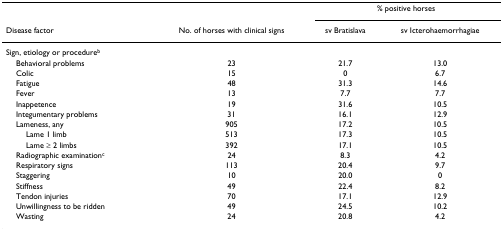
<table><thead><tr><td></td><td></td><td colspan="2"><b>% positive horses</b></td></tr><tr><td><b>Disease factor</b></td><td><b>No. of horses with clinical signs</b></td><td><b>sv Bratislava</b></td><td><b>sv Icterohaemorrhagiae</b></td></tr></thead><tbody><tr><td>Sign, etiology or procedure<sup>b</sup></td><td></td><td></td><td></td></tr><tr><td> Behavioral problems</td><td>23</td><td>21.7</td><td>13.0</td></tr><tr><td> Colic</td><td>15</td><td>0</td><td>6.7</td></tr><tr><td> Fatigue</td><td>48</td><td>31.3</td><td>14.6</td></tr><tr><td> Fever</td><td>13</td><td>7.7</td><td>7.7</td></tr><tr><td> Inappetence</td><td>19</td><td>31.6</td><td>10.5</td></tr><tr><td> Integumentary problems</td><td>31</td><td>16.1</td><td>12.9</td></tr><tr><td> Lameness, any</td><td>905</td><td>17.2</td><td>10.5</td></tr><tr><td>Lame 1 limb</td><td>513</td><td>17.3</td><td>10.5</td></tr><tr><td>Lame ≥ 2 limbs</td><td>392</td><td>17.1</td><td>10.5</td></tr><tr><td> Radiographic examination<sup>c</sup></td><td>24</td><td>8.3</td><td>4.2</td></tr><tr><td> Respiratory signs</td><td>113</td><td>20.4</td><td>9.7</td></tr><tr><td> Staggering</td><td>10</td><td>20.0</td><td>0</td></tr><tr><td> Stiffness</td><td>49</td><td>22.4</td><td>8.2</td></tr><tr><td> Tendon injuries</td><td>70</td><td>17.1</td><td>12.9</td></tr><tr><td> Unwillingness to be ridden</td><td>49</td><td>24.5</td><td>10.2</td></tr><tr><td> Wasting</td><td>24</td><td>20.8</td><td>4.2</td></tr></tbody></table>